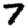
Digit: 7